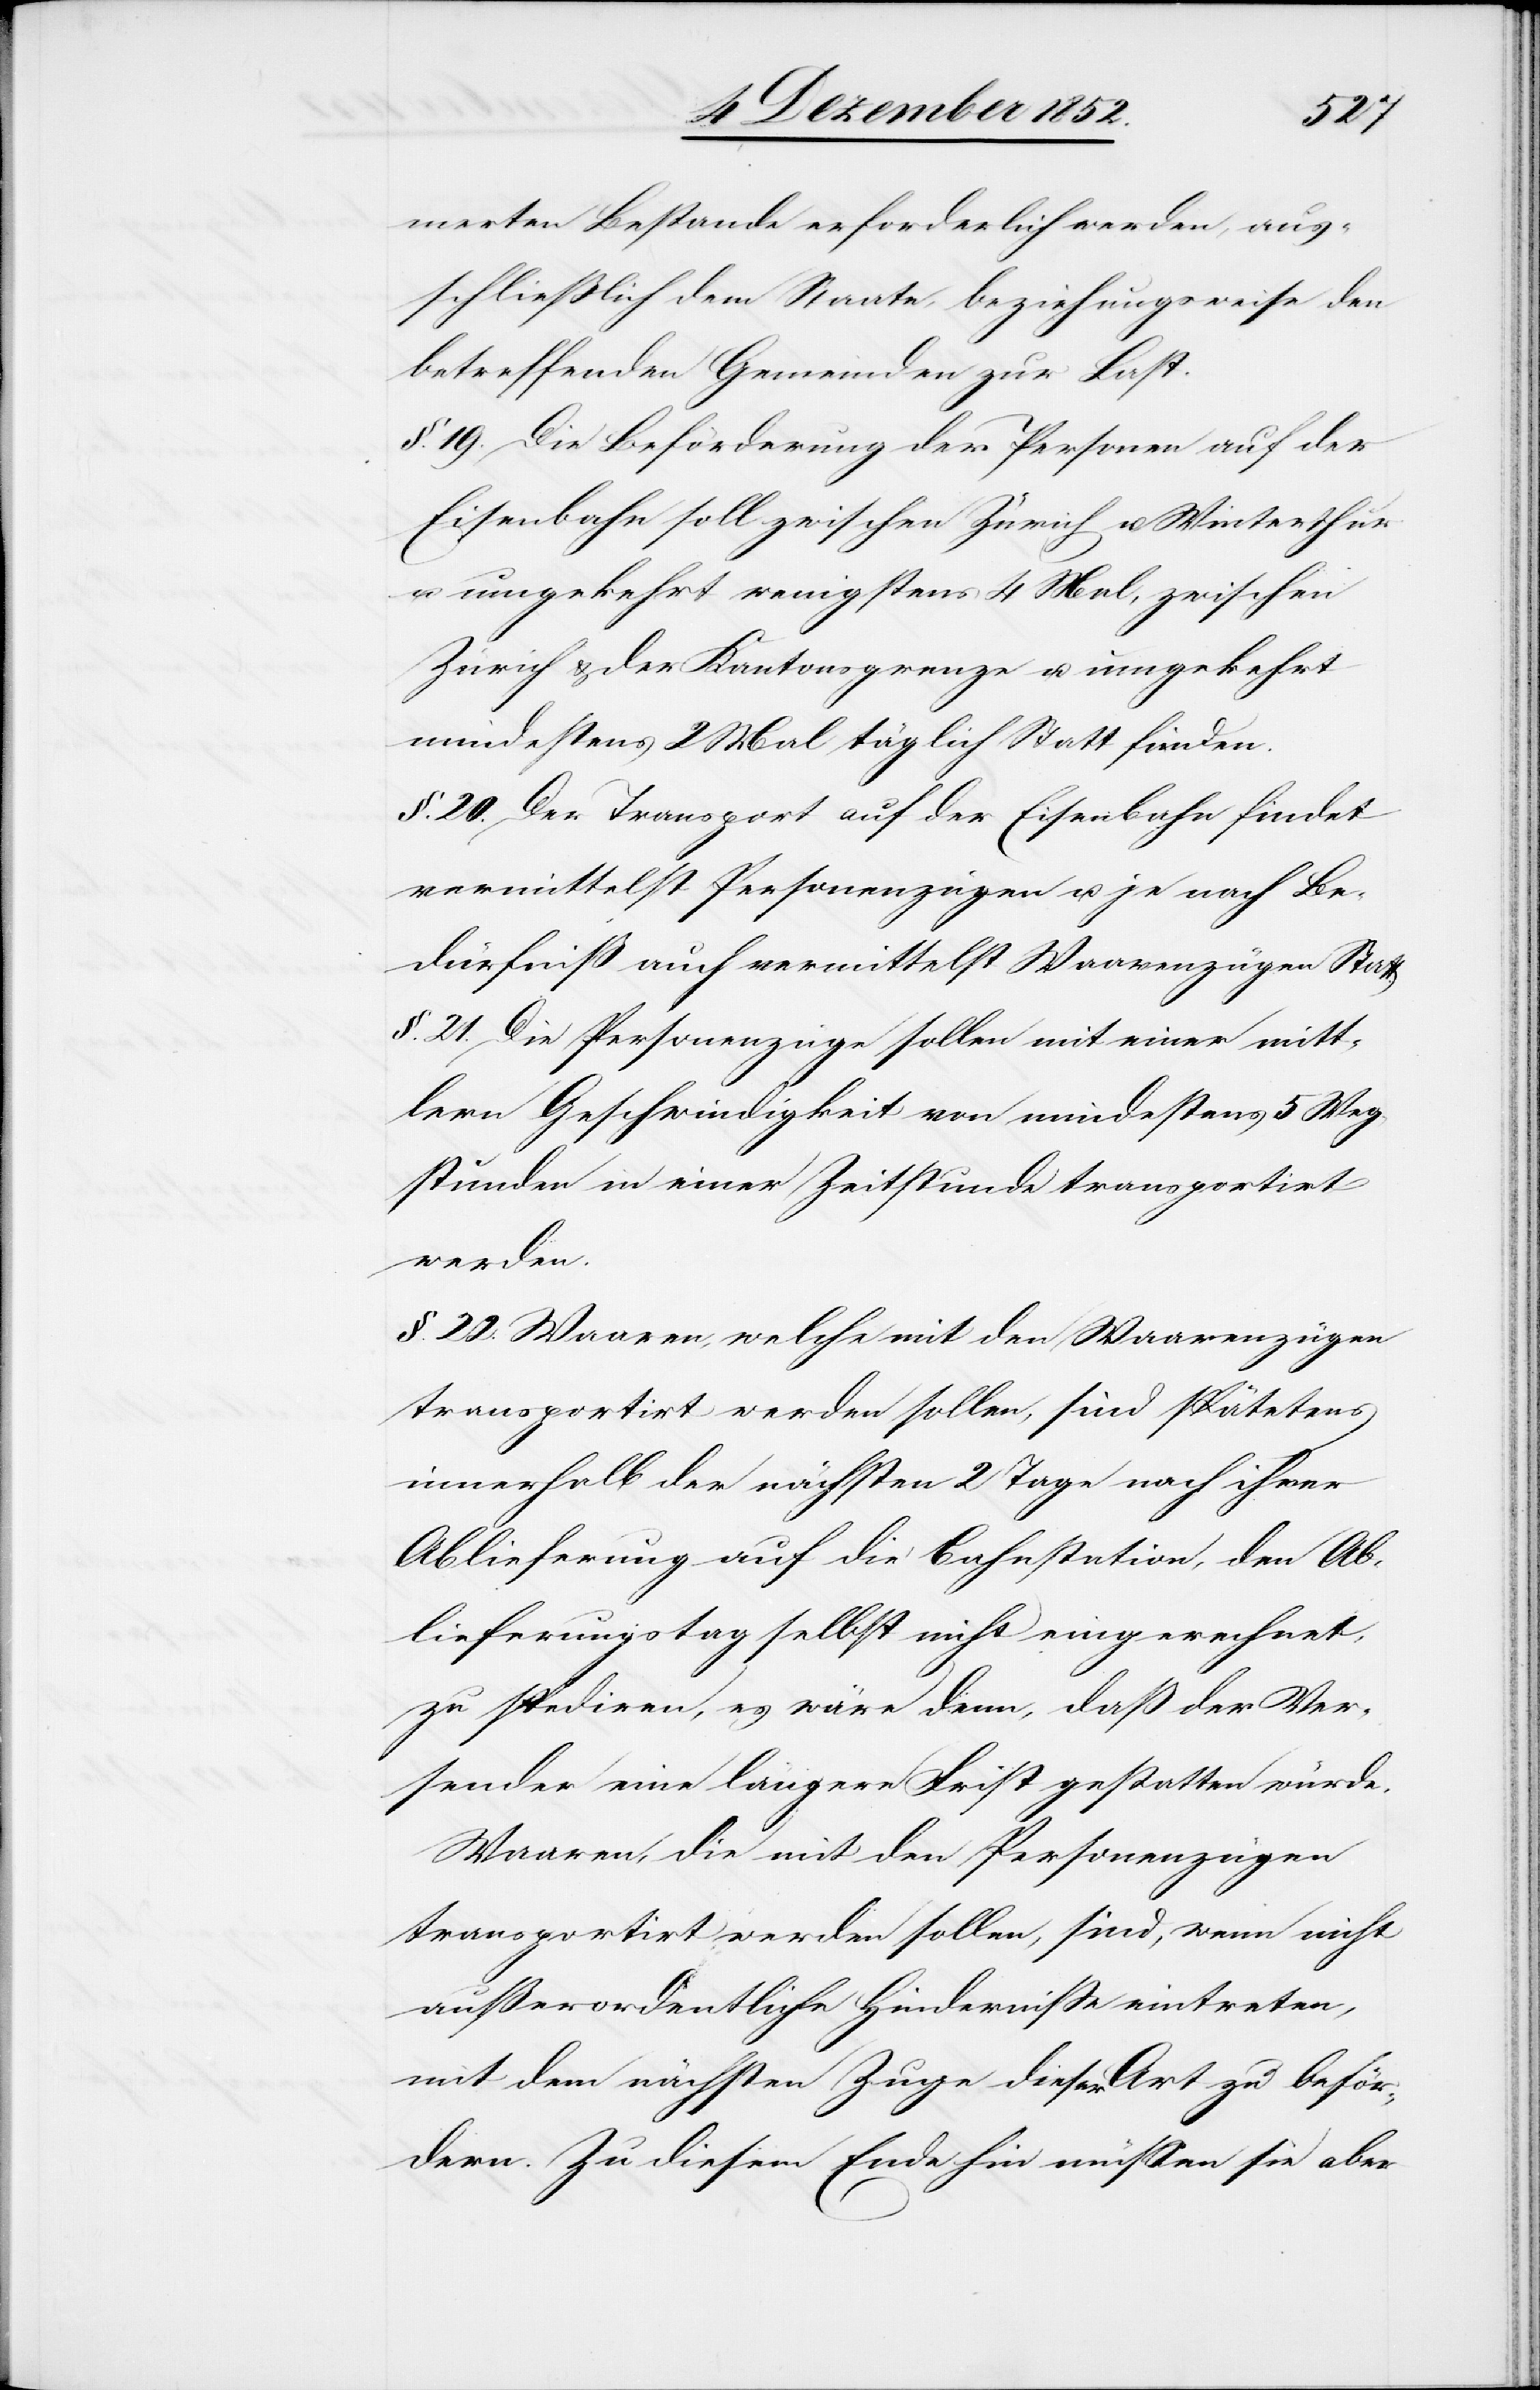
merten Bestande erforderlich werden, aus¬
schließlich dem Staate, beziehungsweise den
betreffenden Gemeinden zur Last.
§. 19. Die Beförderung der Personen auf der
Eisenbahn soll zwischen Zürich u. Winterthur
u. umgekehrt wenigstens 4 Mal, zwischen
Zürich & der Kantonsgrenze u. umgekehrt
mindestens 2 Mal täglich Statt finden.
§. 20. Der Transport auf der Eisenbahn findet
vermittelst Personenzügen u. je nach Be¬
dürfniß auch vermittelst Waarenzügen Statt.
§. 21. Die Personenzüge sollen mit einer mitt¬
lern Geschwindigkeit von mindestens 5 Weg¬
stunden in einer Zeitstunde transportirt
werden.
§. 22. Waaren, welche mit den Waarenzügen
transportirt werden sollen, sind späte[s]tens
innerhalb der nächsten 2 Tage nach ihrer
Ablieferung auf die Bahnstation, den Ab¬
lieferungstag selbst nicht eingerechnet,
zu spediren, es wäre denn, daß der Ver¬
sender eine längere Frist gestatten würde.
Waaren, die mit den Personenzügen
transportirt werden sollen, sind, wenn nicht
außerordentliche Hinderniße eintreten,
mit dem nächsten Zuge dieser Art zu beför¬
dern. Zu diesem Ende hin müssen sie aber